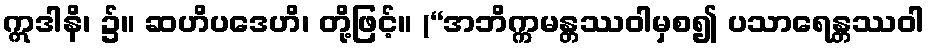
ဣဒါနိ၊ ၌။ ဆဟိပဒေဟိ၊ တို့ဖြင့်။ (“အဘိက္ကမန္တဿဝါမှစ၍ ပသာရေန္တဿဝါ